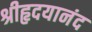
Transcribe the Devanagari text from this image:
श्रीहृदयानंद